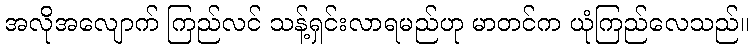
အလိုအလျောက် ကြည်လင် သန့်ရှင်းလာရမည်ဟု မာတင်က ယုံကြည်လေသည်။